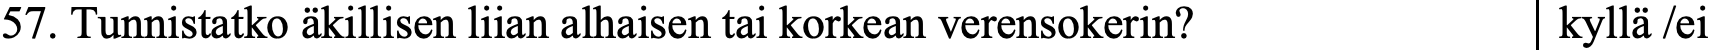
57. Tunnistatko äkillisen liian alhaisen tai korkean verensokerin? kyllä /ei